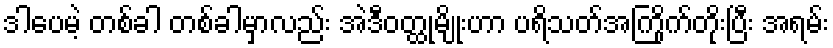
ဒါပေမဲ့ တစ်ခါ တစ်ခါမှာလည်း အဲဒီဝတ္ထုမျိုးဟာ ပရိသတ်အကြိုက်တိုးပြီး အရမ်း